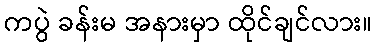
ကပွဲ ခန်းမ အနားမှာ ထိုင်ချင်လား။